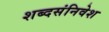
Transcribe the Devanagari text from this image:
शब्दसंनिवेश